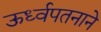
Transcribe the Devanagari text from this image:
ऊर्ध्वपतनाने